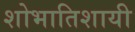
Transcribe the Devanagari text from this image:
शोभातिशायी